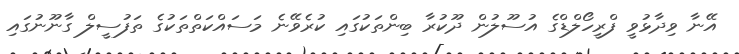
އޭނާ ވިދާޅުވީ ފްރީހޯލްޑްގެ އުސޫލުން ދޫކުރާ ބިންތަކުގައި ކުރެވޭނެ މަސައްކަތްތަކުގެ ތަފުސީލް ގާނޫނުގައި